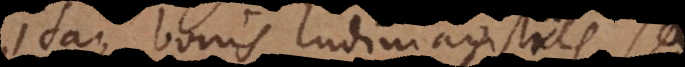
Itaque bonis ludimagistris saepe